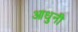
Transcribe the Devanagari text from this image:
आधुनी